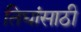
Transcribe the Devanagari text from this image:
तिघांसाठी